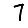
Digit: 7